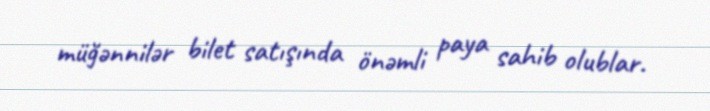
müğənnilər bilet satışında önəmli paya sahib olublar.